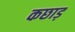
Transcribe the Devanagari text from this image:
कछाड़